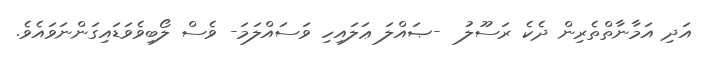
އަދި އަމާނާތްތެރިން ދެކެ ރަސޫލު  -ޞައްލަ ޢަލައިހި ވަސައްލަމަ- ވެސް ލޯބިވެވަޑައިގަންނަވައެވެ.